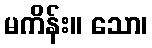
မကိန်း။ သော၊